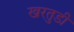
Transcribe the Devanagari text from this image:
खरतुडी